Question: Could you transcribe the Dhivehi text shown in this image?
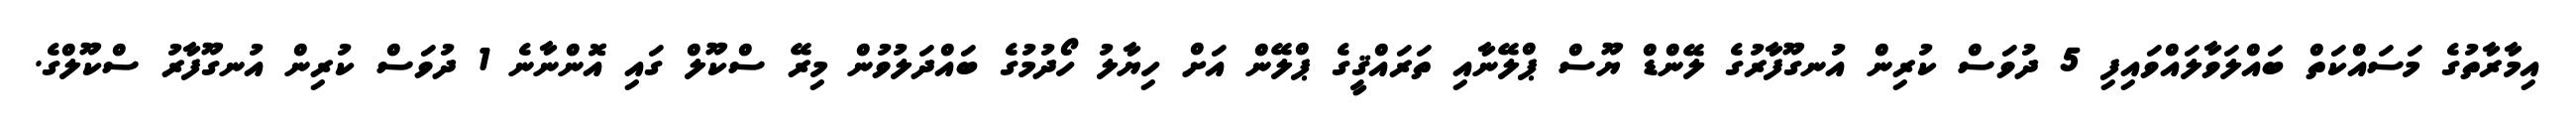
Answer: އިމާރާތުގެ މަސައްކަތް ބައްލަވާލައްވައިފި 5 ދުވަސް ކުރިން އުނގޫފާރުގެ ލޭންޑް ޔޫސް ޕްލޭނާއި ތަރައްޤީގެ ޕްލޭން އަށް ހިޔާލު ހޯދުމުގެ ބައްދަލުވުން މިރޭ ސްކޫލް ގައި އޮންނާނެ 1 ދުވަސް ކުރިން އުނގޫފާރު ސްކޫލްގެ.